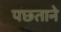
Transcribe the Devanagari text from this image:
पछ्ताने